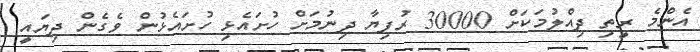
އެންމެ ރީތި ދިއްލުމަކަށް 30000 ރުފިޔާ ދިނުމަށް ހުށައެޅި ހުށައެޅުން ވެގެން ދިޔައީ